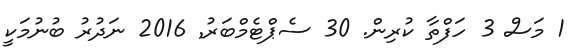
1 މަސް 3 ހަފްތާ ކުރިން. 30 ސެޕްޓެމްބަރު